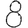
Digit: 8